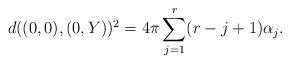
LaTeX: \begin{align*}d((0,0),(0,Y))^2 = 4 \pi \sum_{j=1}^r (r-j+1) \alpha_j.\end{align*}